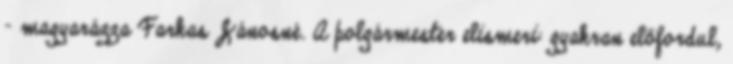
– magyarázza Farkas Jánosné. A polgármester elismeri: gyakran előfordul,